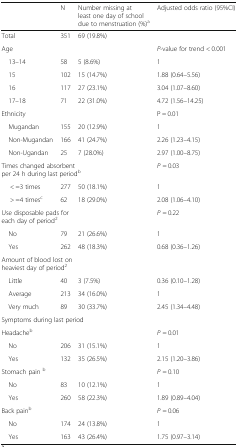
|  | N | Number missing at least one day of school due to menstruation (%)a | Adjusted odds ratio (95%CI) |
 | --- | --- | --- | --- |
 | Total | 351 | 69 (19.8%) |  |
 | Age |  |  | P-value for trend < 0.001 |
 | 13–14 | 58 | 5 (8.6%) | 1 |
 | 15 | 102 | 15 (14.7%) | 1.88 (0.64–5.56) |
 | 16 | 117 | 27 (23.1%) | 3.04 (1.07–8.60) |
 | 17–18 | 71 | 22 (31.0%) | 4.72 (1.56–14.25) |
 | Ethnicity |  |  | P = 0.01 |
 | Mugandan | 155 | 20 (12.9%) | 1 |
 | Non-Mugandan | 166 | 41 (24.7%) | 2.26 (1.23–4.15) |
 | Non-Ugandan | 25 | 7 (28.0%) | 2.97 (1.00–8.75) |
 | <COLSPAN=3> Times changed absorbent per 24 h during last periodb | P = 0.03 |
 | < =3 times | 277 | 50 (18.1%) | 1 |
 | > =4 timesc | 62 | 18 (29.0%) | 2.08 (1.06–4.10) |
 | <COLSPAN=3> Use disposable pads for each day of period2 | P = 0.22 |
 | No | 79 | 21 (26.6%) | 1 |
 | Yes | 262 | 48 (18.3%) | 0.68 (0.36–1.26) |
 | <COLSPAN=3> Amount of blood lost on heaviest day of period2 |  |
 | Little | 40 | 3 (7.5%) | 0.36 (0.10–1.28) |
 | Average | 213 | 34 (16.0%) | 1 |
 | Very much | 89 | 30 (33.7%) | 2.45 (1.34–4.48) |
 | <COLSPAN=4> Symptoms during last period |
 | Headacheb |  |  | P = 0.01 |
 | No | 206 | 31 (15.1%) | 1 |
 | Yes | 132 | 35 (26.5%) | 2.15 (1.20–3.86) |
 | Stomach pain b |  |  | P = 0.10 |
 | No | 83 | 10 (12.1%) | 1 |
 | Yes | 260 | 58 (22.3%) | 1.89 (0.89–4.04) |
 | Back painb |  |  | P = 0.06 |
 | No | 174 | 24 (13.8%) | 1 |
 | Yes | 163 | 43 (26.4%) | 1.75 (0.97–3.14) |